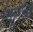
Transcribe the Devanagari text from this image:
स्कूनोवर